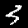
Label: 3